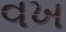
વખ